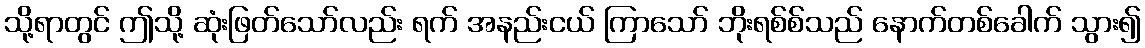
သို့ရာတွင် ဤသို့ ဆုံးဖြတ်သော်လည်း ရက် အနည်းငယ် ကြာသော် ဘိုးရစ်စ်သည် နောက်တစ်ခေါက် သွား၍